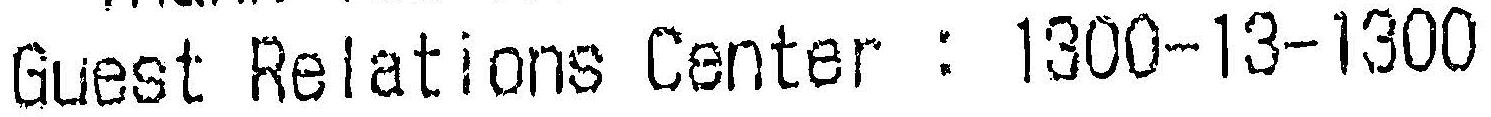
GUEST RELATIONS CENTER : 1300-13-1300